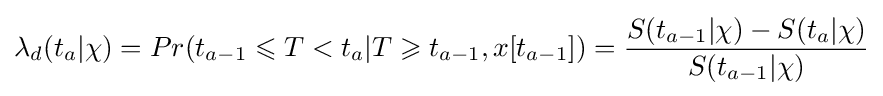
\lambda _{d}(t_{a}|\chi )=Pr(t_{a-1}\leqslant T<t_{a}|T\geqslant t_{a-1},x[t_{a-1}])={\frac {S(t_{a-1}|\chi )-S(t_{a}|\chi )}{S(t_{a-1}|\chi )}}